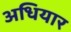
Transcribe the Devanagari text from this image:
अधियार